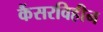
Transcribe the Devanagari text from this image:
कैंसरविहीन